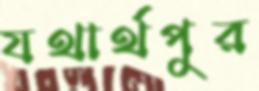
যথার্থপুর